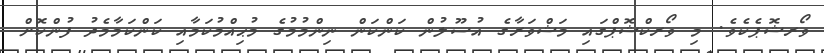
ވޯރޝޮޕެކެވެ. މި ވޯރކްޝޮޕްގައި މަޝްވަރާގެ އުސޫލުން ކަންކަން ނިންމުމުގެ މުޙިއްމުކަމާއި ކަންކަމާމެދު ފުންކޮށް